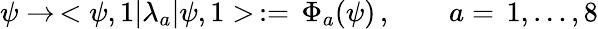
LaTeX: \psi\rightarrow\, <\psi,1|\lambda_{a}|\psi,1>\, :=\, \Phi_{a}(\psi)\, ,\quad\quad a=\, 1,\ldots,8